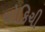
યોકિચી